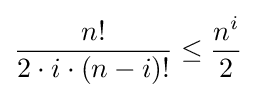
{\frac {n!}{2\cdot i\cdot (n-i)!}}\leq {\frac {n^{i}}{2}}